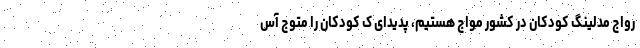
رواج مدلینگ کودکان در کشور مواج هستیم، پدیدای ک کودکان را متوج آس